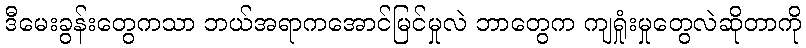
ဒီမေးခွန်းတွေကသာ ဘယ်အရာကအောင်မြင်မှုလဲ ဘာတွေက ကျရှုံးမှုတွေလဲဆိုတာကို